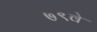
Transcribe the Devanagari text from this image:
७९वे